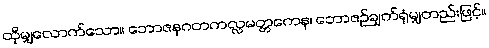
ထိုမျှလောက်သော။ ဘောဇနဂတကလ္လမတ္တကေန၊ ဘောဇဉ်ချက်ရုံမျှတည်းဖြင့်။